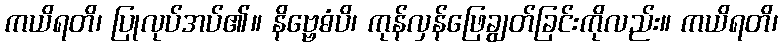
ကယိရတိ၊ ပြုလုပ်အပ်၏။ နိဗ္ဗေဓံပိ၊ ကုန်လှန်ဖြေချွတ်ခြင်းကိုလည်း။ ကယိရတိ၊